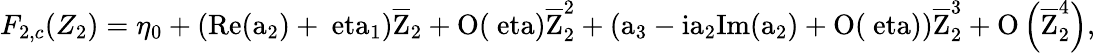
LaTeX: F_{2,c}(Z_{2})=\eta_{0}+(\mathrm{Re(a_{2})+\ eta_{1})\overline{{Z}}_{2}+O(\ eta)\overline{{Z}}_{2}^{2}+\left(a_{3}-ia_{2}\mathrm{Im(a_{2})+O(\ eta)}\right)\overline{{Z}}_{2}^{3}+O\left(\overline{{Z}}_{2}^{4}\right),}